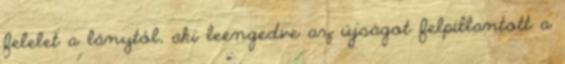
felelet a lánytól, aki leengedve az újságot felpillantott a